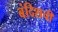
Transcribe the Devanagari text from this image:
बंदिशची